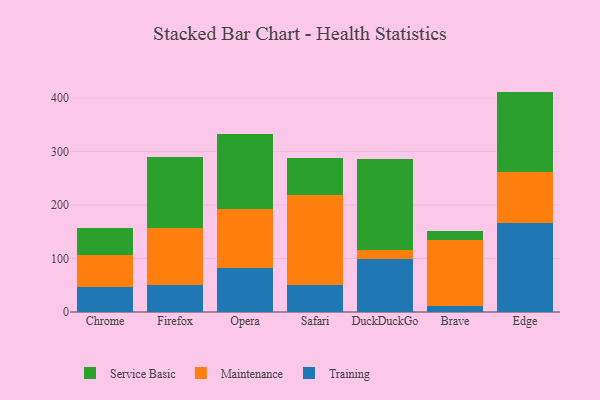
{"axis": {"x": "Browser", "y": "Tickets Resolved"}, "legend": ["Maintenance", "Service Basic", "Training"], "data": [{"x": "Chrome", "y": 46.1, "type": "Training"}, {"x": "Chrome", "y": 61.2, "type": "Maintenance"}, {"x": "Chrome", "y": 50.3, "type": "Service Basic"}, {"x": "Firefox", "y": 50.4, "type": "Training"}, {"x": "Firefox", "y": 106.9, "type": "Maintenance"}, {"x": "Firefox", "y": 131.8, "type": "Service Basic"}, {"x": "Opera", "y": 82.8, "type": "Training"}, {"x": "Opera", "y": 109.1, "type": "Maintenance"}, {"x": "Opera", "y": 140.9, "type": "Service Basic"}, {"x": "Safari", "y": 50.8, "type": "Training"}, {"x": "Safari", "y": 168.7, "type": "Maintenance"}, {"x": "Safari", "y": 69.3, "type": "Service Basic"}, {"x": "DuckDuckGo", "y": 99.0, "type": "Training"}, {"x": "DuckDuckGo", "y": 16.1, "type": "Maintenance"}, {"x": "DuckDuckGo", "y": 171.6, "type": "Service Basic"}, {"x": "Brave", "y": 11.0, "type": "Training"}, {"x": "Brave", "y": 124.5, "type": "Maintenance"}, {"x": "Brave", "y": 16.6, "type": "Service Basic"}, {"x": "Edge", "y": 166.8, "type": "Training"}, {"x": "Edge", "y": 95.9, "type": "Maintenance"}, {"x": "Edge", "y": 149.6, "type": "Service Basic"}]}